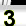
Digit: 3